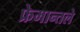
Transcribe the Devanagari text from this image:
फ्रेमान्तले